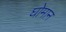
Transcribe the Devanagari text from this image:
घोमान